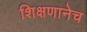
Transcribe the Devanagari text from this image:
शिक्षणानेच